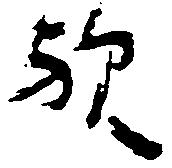
歟